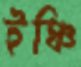
ইঞ্চি